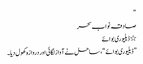
“
صادقہ نواب سحر
٭ ڈیلیوری بوائے
” ڈیلیوری بوائے “، ساحل نے آواز لگائی اور دروازہ کھول دیا۔